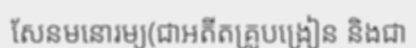
សែនមនោរម្យ(ជាអតីតគ្រូបង្រៀន និងជា